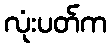
လုံးပတ်က